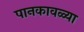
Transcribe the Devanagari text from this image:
पानकावळ्या